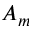
A _ { m }